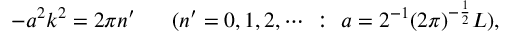
- a ^ { 2 } k ^ { 2 } = 2 \pi n ^ { \prime } ~ ~ ~ ~ ~ ( n ^ { \prime } = 0 , 1 , 2 , \cdots ~ : ~ a = 2 ^ { - 1 } ( 2 \pi ) ^ { - \frac { 1 } { 2 } } L ) ,